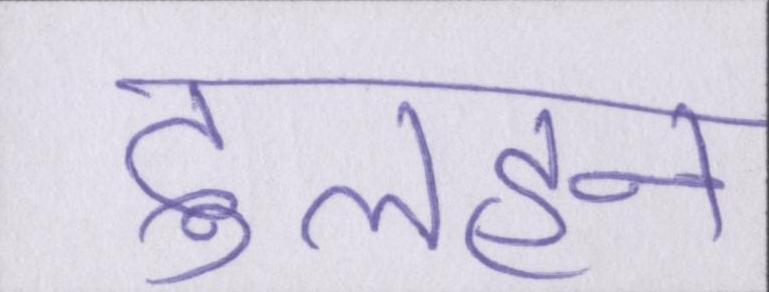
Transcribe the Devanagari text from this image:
दुलहन